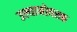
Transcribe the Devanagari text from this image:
उल्यानोवस्क